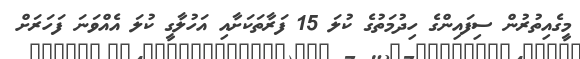
މީގެއިތުރުން ސިފައިންގެ ހިދުމަތުގެ ކުލަ 15 ފަރާތަކަށާއި އަހުލާގީ ކުލަ އެއްވަނަ ފަހަރަށް